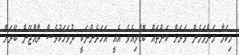
މިކަމާ މަންމަމެން ވަރަށް ކަންތައް ބޮޑުވިއެވެ އެއީ އަހަރެންނަކީ ދުވަހަކުވެސް ރާއްޖޭން ބޭރަށް